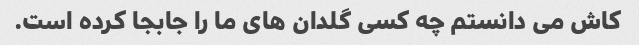
کاش می دانستم چه کسی گلدان های ما را جابجا کرده است.